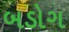
બડોગ